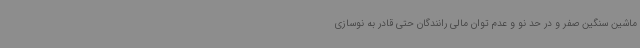
ماشین سنگین صفر و در حد نو و عدم توان مالی رانندگان حتی قادر به نوسازی